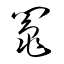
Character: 鬮